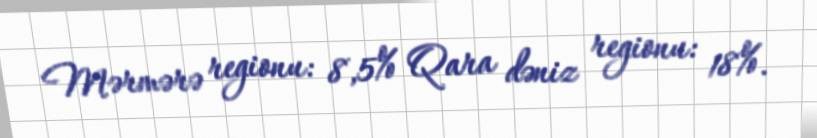
Mərmərə regionu: 8,5% Qara dəniz regionu: 18%.